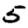
Digit: 5